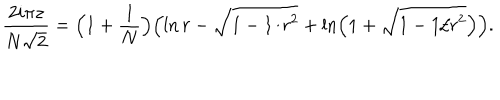
{ \frac { 2 i \pi z } { N \sqrt { 2 } } } = \Bigl ( 1 + { \frac { 1 } { N } } \Bigr ) \Bigl ( \ln r - \sqrt { 1 - 1 / r ^ { 2 } } + \ln \left( 1 + \sqrt { 1 - 1 / r ^ { 2 } } \right) \Bigr ) .